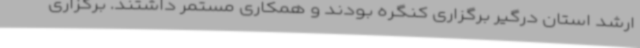
ارشد استان درگیر برگزاری کنگره بودند و همکاری مستمر داشتند. برگزاری